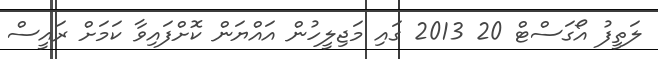
ލަތީފު އޯގަސްޓް 20 2013 ގައި މަޖިލީހުން އައްޔަން ކޮށްފައިވާ ކަމަށް ރައީސް